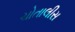
ચોતાલીસ